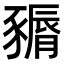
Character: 𧱽